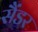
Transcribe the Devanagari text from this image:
सैंडर